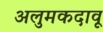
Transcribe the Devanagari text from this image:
अलुमकदावू